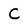
Character: C